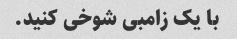
با یک زامبی شوخی کنید.